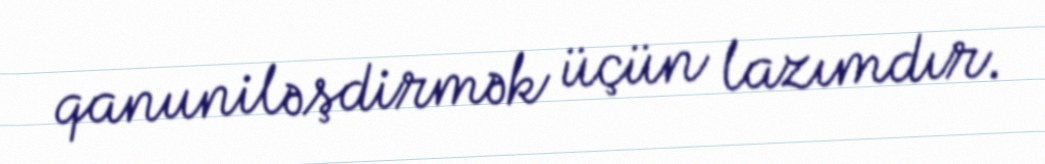
qanuniləşdirmək üçün lazımdır.